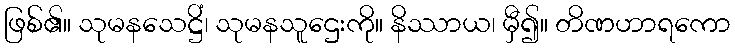
ဖြစ်၏။ သုမနသေဋ္ဌိံ၊ သုမနသူဌေးကို။ နိဿာယ၊ မှီ၍။ တိဏဟာရကော